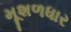
મૂશળધાર